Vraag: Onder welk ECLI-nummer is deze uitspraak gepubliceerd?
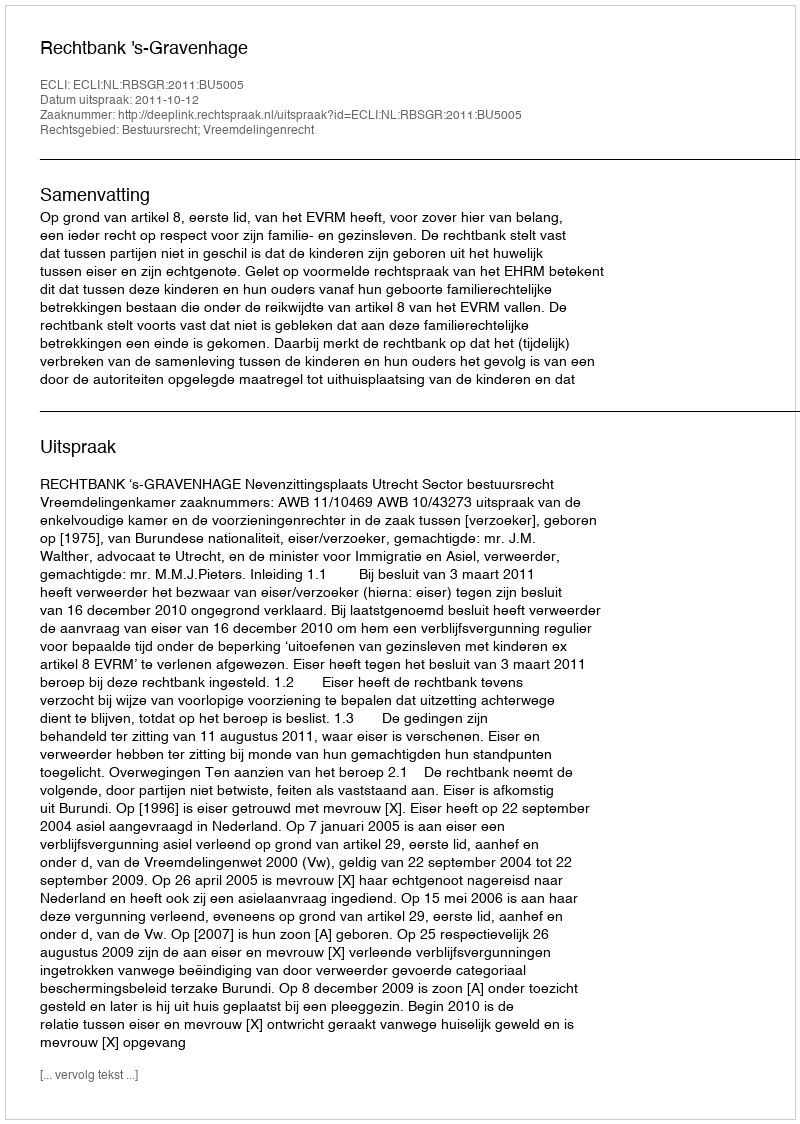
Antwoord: ECLI:NL:RBSGR:2011:BU5005